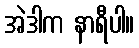
အဲဒါက နာရီပါ။